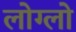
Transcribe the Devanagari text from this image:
लोग्लो